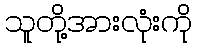
သူတို့အားလုံးကို